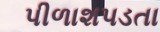
પીળાશપડતા